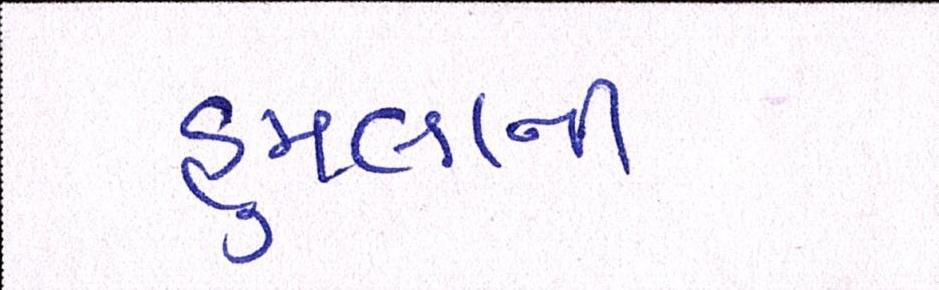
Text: હુમલાની